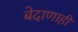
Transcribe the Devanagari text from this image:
बेदाणाही